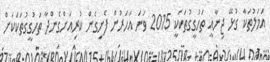
އަމަލުތަކާ ގުޅޭ ޖިނާއީ ތަހުގީގުތަކަކީ 2015 ވަނަ އަހަރުން ފެށިގެން ކުރިއަށްގެންދާ ތަހުގީގުތަކަކަށް